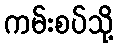
ကမ်းစပ်သို့